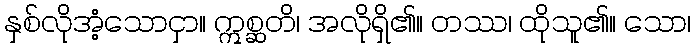
နှစ်လိုအံ့သောငှာ။ ဣစ္ဆတိ၊ အလိုရှိ၏။ တဿ၊ ထိုသူ၏။ သော၊